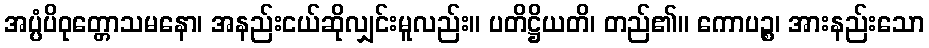
အပ္ပံပိဝုတ္တောသမနော၊ အနည်းငယ်ဆိုလျှင်းမူလည်း။ ပတိဋ္ဌိယတိ၊ တည်၏။ ကောပဉ္စ၊ အားနည်းသော